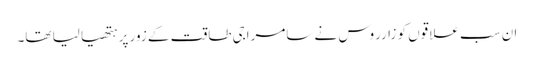
ان سب علاقوں کو زارروس نے سامراجی طاقت کے زور پر ہتھیا لیا تھا۔